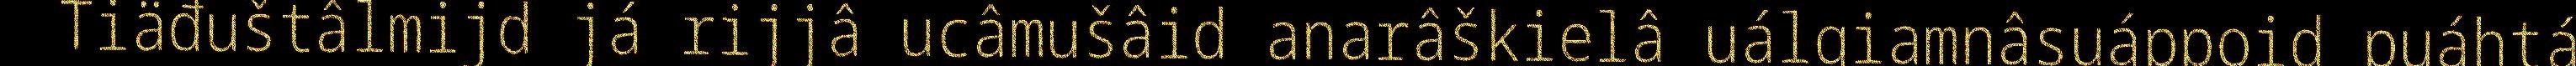
Tiäđuštâlmijd já rijjâ ucâmušâid anarâškielâ uálgiamnâsuáppoid puáhtá